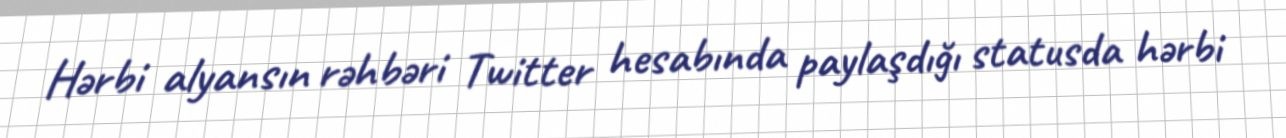
Hərbi alyansın rəhbəri Twitter hesabında paylaşdığı statusda hərbi